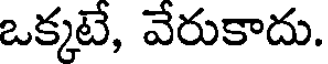
ఒక్కటే, వేరుకాదు.